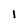
Character: 1